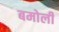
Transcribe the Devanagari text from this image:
बमोली